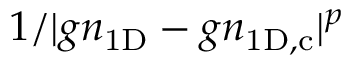
1 / | g n _ { \mathrm { 1 D } } - g n _ { \mathrm { 1 D , c } } | ^ { p }